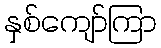
နှစ်ကျော်ကြာ